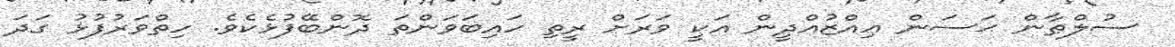
ސުލްޠާން ޙަސަން ޢިއްޒުއްދީން އަކީ ވަރަށް ރީތި ހައިބަވަންތަ ދޮންބޭފުޅެކެވެ. ހިތްވަރުފުޅު ގަދަ